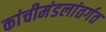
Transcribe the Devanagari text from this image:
कांचीमंडलांतर्गत